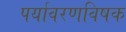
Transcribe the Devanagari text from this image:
पर्यावरणविषक